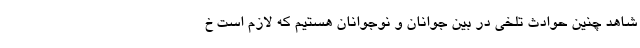
شاهد چنین حوادث تلخی در بین جوانان و نوجوانان هستیم که لازم است خ